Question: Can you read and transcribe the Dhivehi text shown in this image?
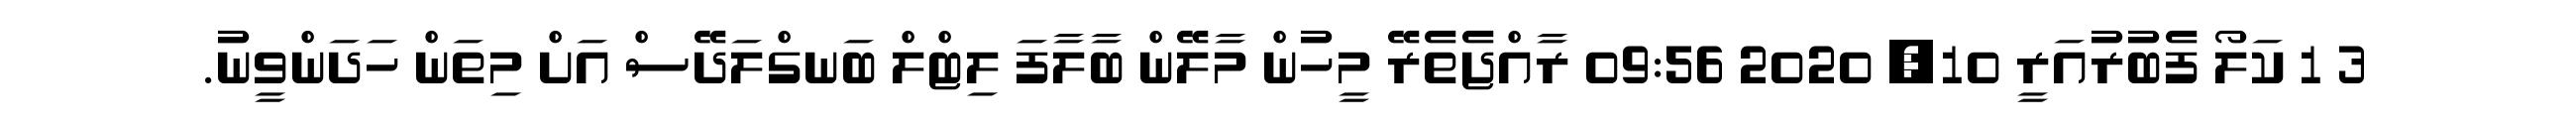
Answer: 3 1 ކަލޯ ފެބުރުއަރީ 10, 2020 09:56 ރާއްޖެތެރޭ މީހުން މާލޭން ބާލާފަ ލިޓްލް ބަނގްލަދޭސް އަށް މިތަން ހަދަންވީނު.